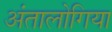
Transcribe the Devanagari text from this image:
अंतालोगिया